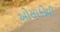
ઓસાકોમી